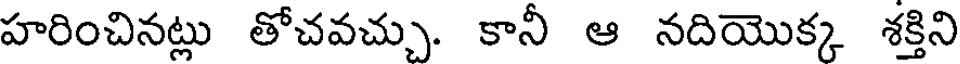
హరించినట్లు తోచవచ్చు. కానీ ఆ నదియొక్క శక్తిని